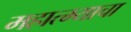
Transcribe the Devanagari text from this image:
महात्म्याचा